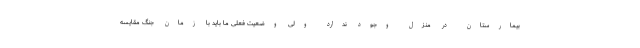
بیمارستان در منزل وجود ندارد ولی وضعیت فعلی ما باید با زمان جنگ مقایسه